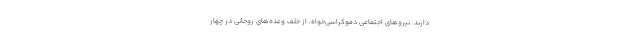
دارند. نیروهای اجتماعی دموکراسی‌خواه، از خلف وعده‌های روحانی در چهار